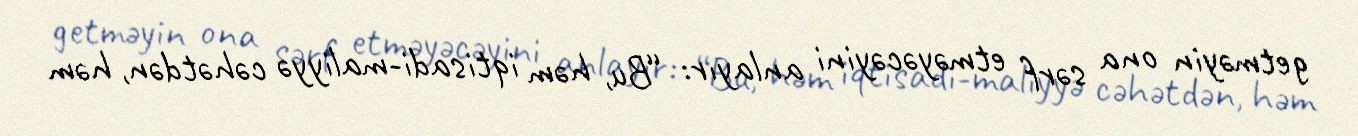
getməyin ona sərf etməyəcəyini anlayır: “Bu, həm iqtisadi-maliyyə cəhətdən, həm